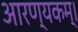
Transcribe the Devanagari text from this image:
आरण्यकम्।